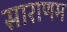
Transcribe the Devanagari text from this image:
साराणम